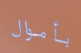
بأموال